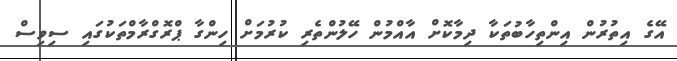
އޭގެ އިތުރުން އިންތިހާބުތަކާ ދިމާކޮށް އާއްމުން ހޭލުންތެރި ކުރުމަށް ހިންގާ ޕްރޮގްރާމްތަކުގައި ސިވިސް